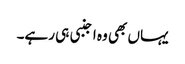
یہاں بھی وہ اجنبی ہی رہے۔